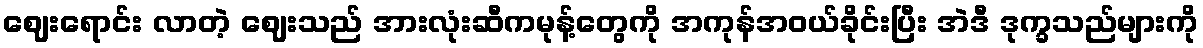
ဈေးရောင်း လာတဲ့ ဈေးသည် အားလုံးဆီကမုန့်တွေကို အကုန်အဝယ်ခိုင်းပြီး အဲဒီ ဒုက္ခသည်များကို